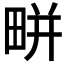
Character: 𤲒